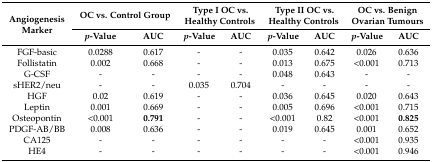
<table><thead><tr><td rowspan="2"><b>Angiogenesis Marker</b></td><td colspan="2"><b>OC vs. Control Group</b></td><td colspan="2"><b>Type I OC vs. Healthy Controls</b></td><td colspan="2"><b>Type II OC vs. Healthy Controls</b></td><td colspan="2"><b>OC vs. Benign Ovarian Tumours</b></td></tr><tr><td><b><i>p</i>-Value</b></td><td><b>AUC</b></td><td><b><i>p</i>-Value</b></td><td><b>AUC</b></td><td><b><i>p</i>-Value</b></td><td><b>AUC</b></td><td><b><i>p</i>-Value</b></td><td><b>AUC</b></td></tr></thead><tbody><tr><td>FGF-basic</td><td>0.0288</td><td>0.617</td><td>-</td><td>-</td><td>0.035</td><td>0.642</td><td>0.026</td><td>0.636</td></tr><tr><td>Follistatin</td><td>0.002</td><td>0.668</td><td>-</td><td>-</td><td>0.013</td><td>0.675</td><td>&lt;0.001</td><td>0.713</td></tr><tr><td>G-CSF</td><td>-</td><td>-</td><td>-</td><td>-</td><td>0.048</td><td>0.643</td><td>-</td><td>-</td></tr><tr><td>sHER2/neu</td><td>-</td><td>-</td><td>0.035</td><td>0.704</td><td>-</td><td>-</td><td>-</td><td>-</td></tr><tr><td>HGF</td><td>0.02</td><td>0.619</td><td>-</td><td>-</td><td>0.036</td><td>0.645</td><td>0.020</td><td>0.643</td></tr><tr><td>Leptin</td><td>0.001</td><td>0.669</td><td>-</td><td>-</td><td>0.005</td><td>0.696</td><td>&lt;0.001</td><td>0.715</td></tr><tr><td>Osteopontin</td><td>&lt;0.001</td><td><b>0.791</b></td><td>-</td><td>-</td><td>&lt;0.001</td><td>0.82</td><td>&lt;0.001</td><td><b>0.825</b></td></tr><tr><td>PDGF-AB/BB</td><td>0.008</td><td>0.636</td><td>-</td><td>-</td><td>0.019</td><td>0.645</td><td>0.001</td><td>0.652</td></tr><tr><td>CA125</td><td>-</td><td>-</td><td>-</td><td>-</td><td>-</td><td>-</td><td>&lt;0.001</td><td>0.935</td></tr><tr><td>HE4</td><td>-</td><td>-</td><td>-</td><td>-</td><td>-</td><td>-</td><td>&lt;0.001</td><td>0.946</td></tr></tbody></table>